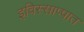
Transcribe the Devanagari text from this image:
इविस्साप्पात